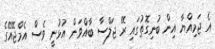
އެ ޖަމިއްޔާ އިން ބުނިގޮތުގައި ރޭ ޖަލްސާ ބާއްވަން އުޅުނީ ވެސް އެމްޖޭއޭގެ